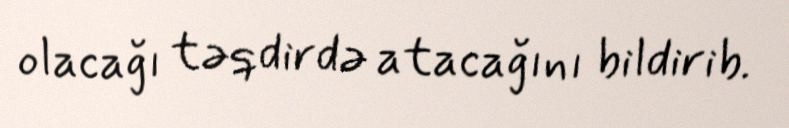
olacağı təqdirdə atacağını bildirib.